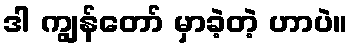
ဒါ ကျွန်တော် မှာခဲ့တဲ့ ဟာပဲ။